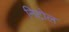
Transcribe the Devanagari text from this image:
निटोल